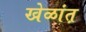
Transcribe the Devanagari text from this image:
खेळांत़